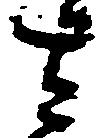
さ